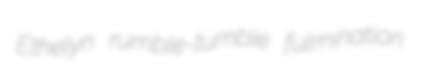
Ethelyn rumble-tumble fulmination